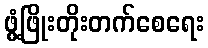
ဖွံ့ဖြိုးတိုးတက်စေရေး